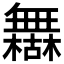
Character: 𰙈